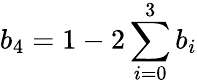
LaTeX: b_{4}=1-2\sum_{i=0}^{3}b_{i}